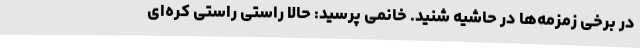
در برخی زمزمه‌ها در حاشیه شنید. خانمی پرسید: حالا راستی راستی کره‌ای